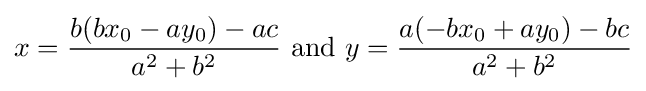
x={\frac {b(bx_{0}-ay_{0})-ac}{a^{2}+b^{2}}}{\text{ and }}y={\frac {a(-bx_{0}+ay_{0})-bc}{a^{2}+b^{2}}}